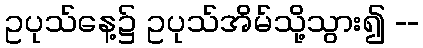
ဥပုသ်နေ့၌ ဥပုသ်အိမ်သို့သွား၍ --